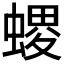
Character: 𧏧